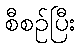
စီစဉ်ပြီး